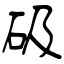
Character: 砐